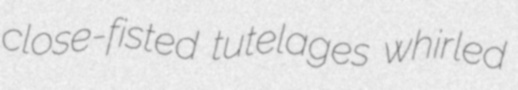
close-fisted tutelages whirled